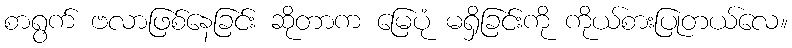
စာရွက် ဗလာဖြစ်နေခြင်း ဆိုတာက မြေပုံ မရှိခြင်းကို ကိုယ်စားပြုတယ်လေ။